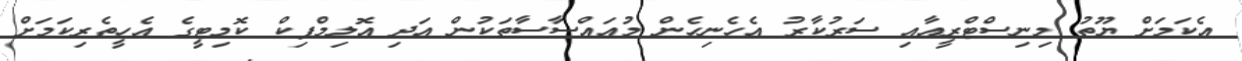
އެކަމަށް ޔޫތު މިނިސްޓްރީއާއި ސަރުކާރު އެހެނިހެން މުއައްސާސާތަކުން އަދި އޮލިމްޕިކް ކޮމިޓީގެ އެހީތެރިކަމަށް